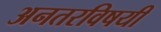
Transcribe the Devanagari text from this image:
अनतरविषयी